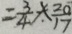
= \frac { 3 } { 4 } \times \frac { 2 0 } { 1 7 }